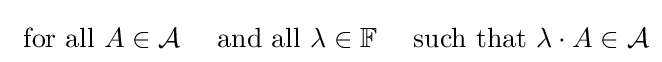
{\text{ for all }}A\in {\mathcal {A}}\quad {\text{ and all }}\lambda \in {\mathbb {F} }\quad {\text{ such that }}\lambda \cdot A\in {\mathcal {A}}